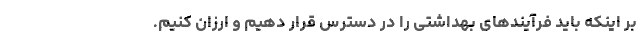
بر اینکه باید فرآیندهای بهداشتی را در دسترس قرار دهیم و ارزان کنیم.